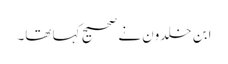
ابن خلدون نے صحیح کہا تھا۔